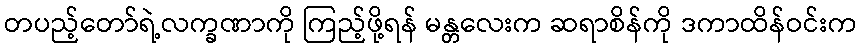
တပည့်တော်ရဲ့လက္ခဏာကို ကြည့်ဖို့ရန် မန္တလေးက ဆရာစိန်ကို ဒကာထိန်ဝင်းက